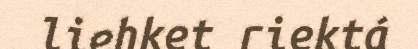
liehket riektá